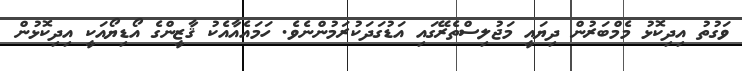
ވަގުތު އިދިކޮޅު މެމްބަރުން ދިޔައީ މަޖުލިސްތެރޭގައި އަޑުގަދަކުރަމުންނެވެ. ހަމައެއާއެކު ޤާޒީންގެ އޯޑިޔޯއަކީ އިދިކޮޅުން